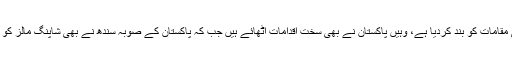
بھارت نے جہاں سینما ہالز، شاپنگ مالز اور عوامی تفریحی مقامات کو بند کردیا ہے، وہیں پاکستان نے بھی سخت اقدامات اٹھائے ہیں جب کہ پاکستان کے صوبہ سندھ نے بھی شاپنگ مالز کو بند رکھنے سمیت تعلیمی اداروں کی بھی چھٹیاں کردی ہیں۔